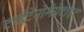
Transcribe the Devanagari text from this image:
टाईटेनोमैग्नेटाइट